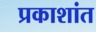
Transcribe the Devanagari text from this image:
प्रकाशांत